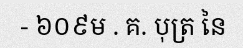
- ៦០៩ម . គ. បុត្រ នៃ